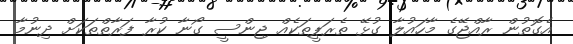
އެގޮތުން ރާއްޖޭގެ މާހައުލާ ގުޅޭ ތެރަޕީތަކެއް ޖިންސީ ގޯނާ ކުރާ ފަރާތްތަކަށް ދިނުމާ